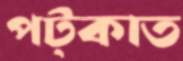
পট্‌কাত